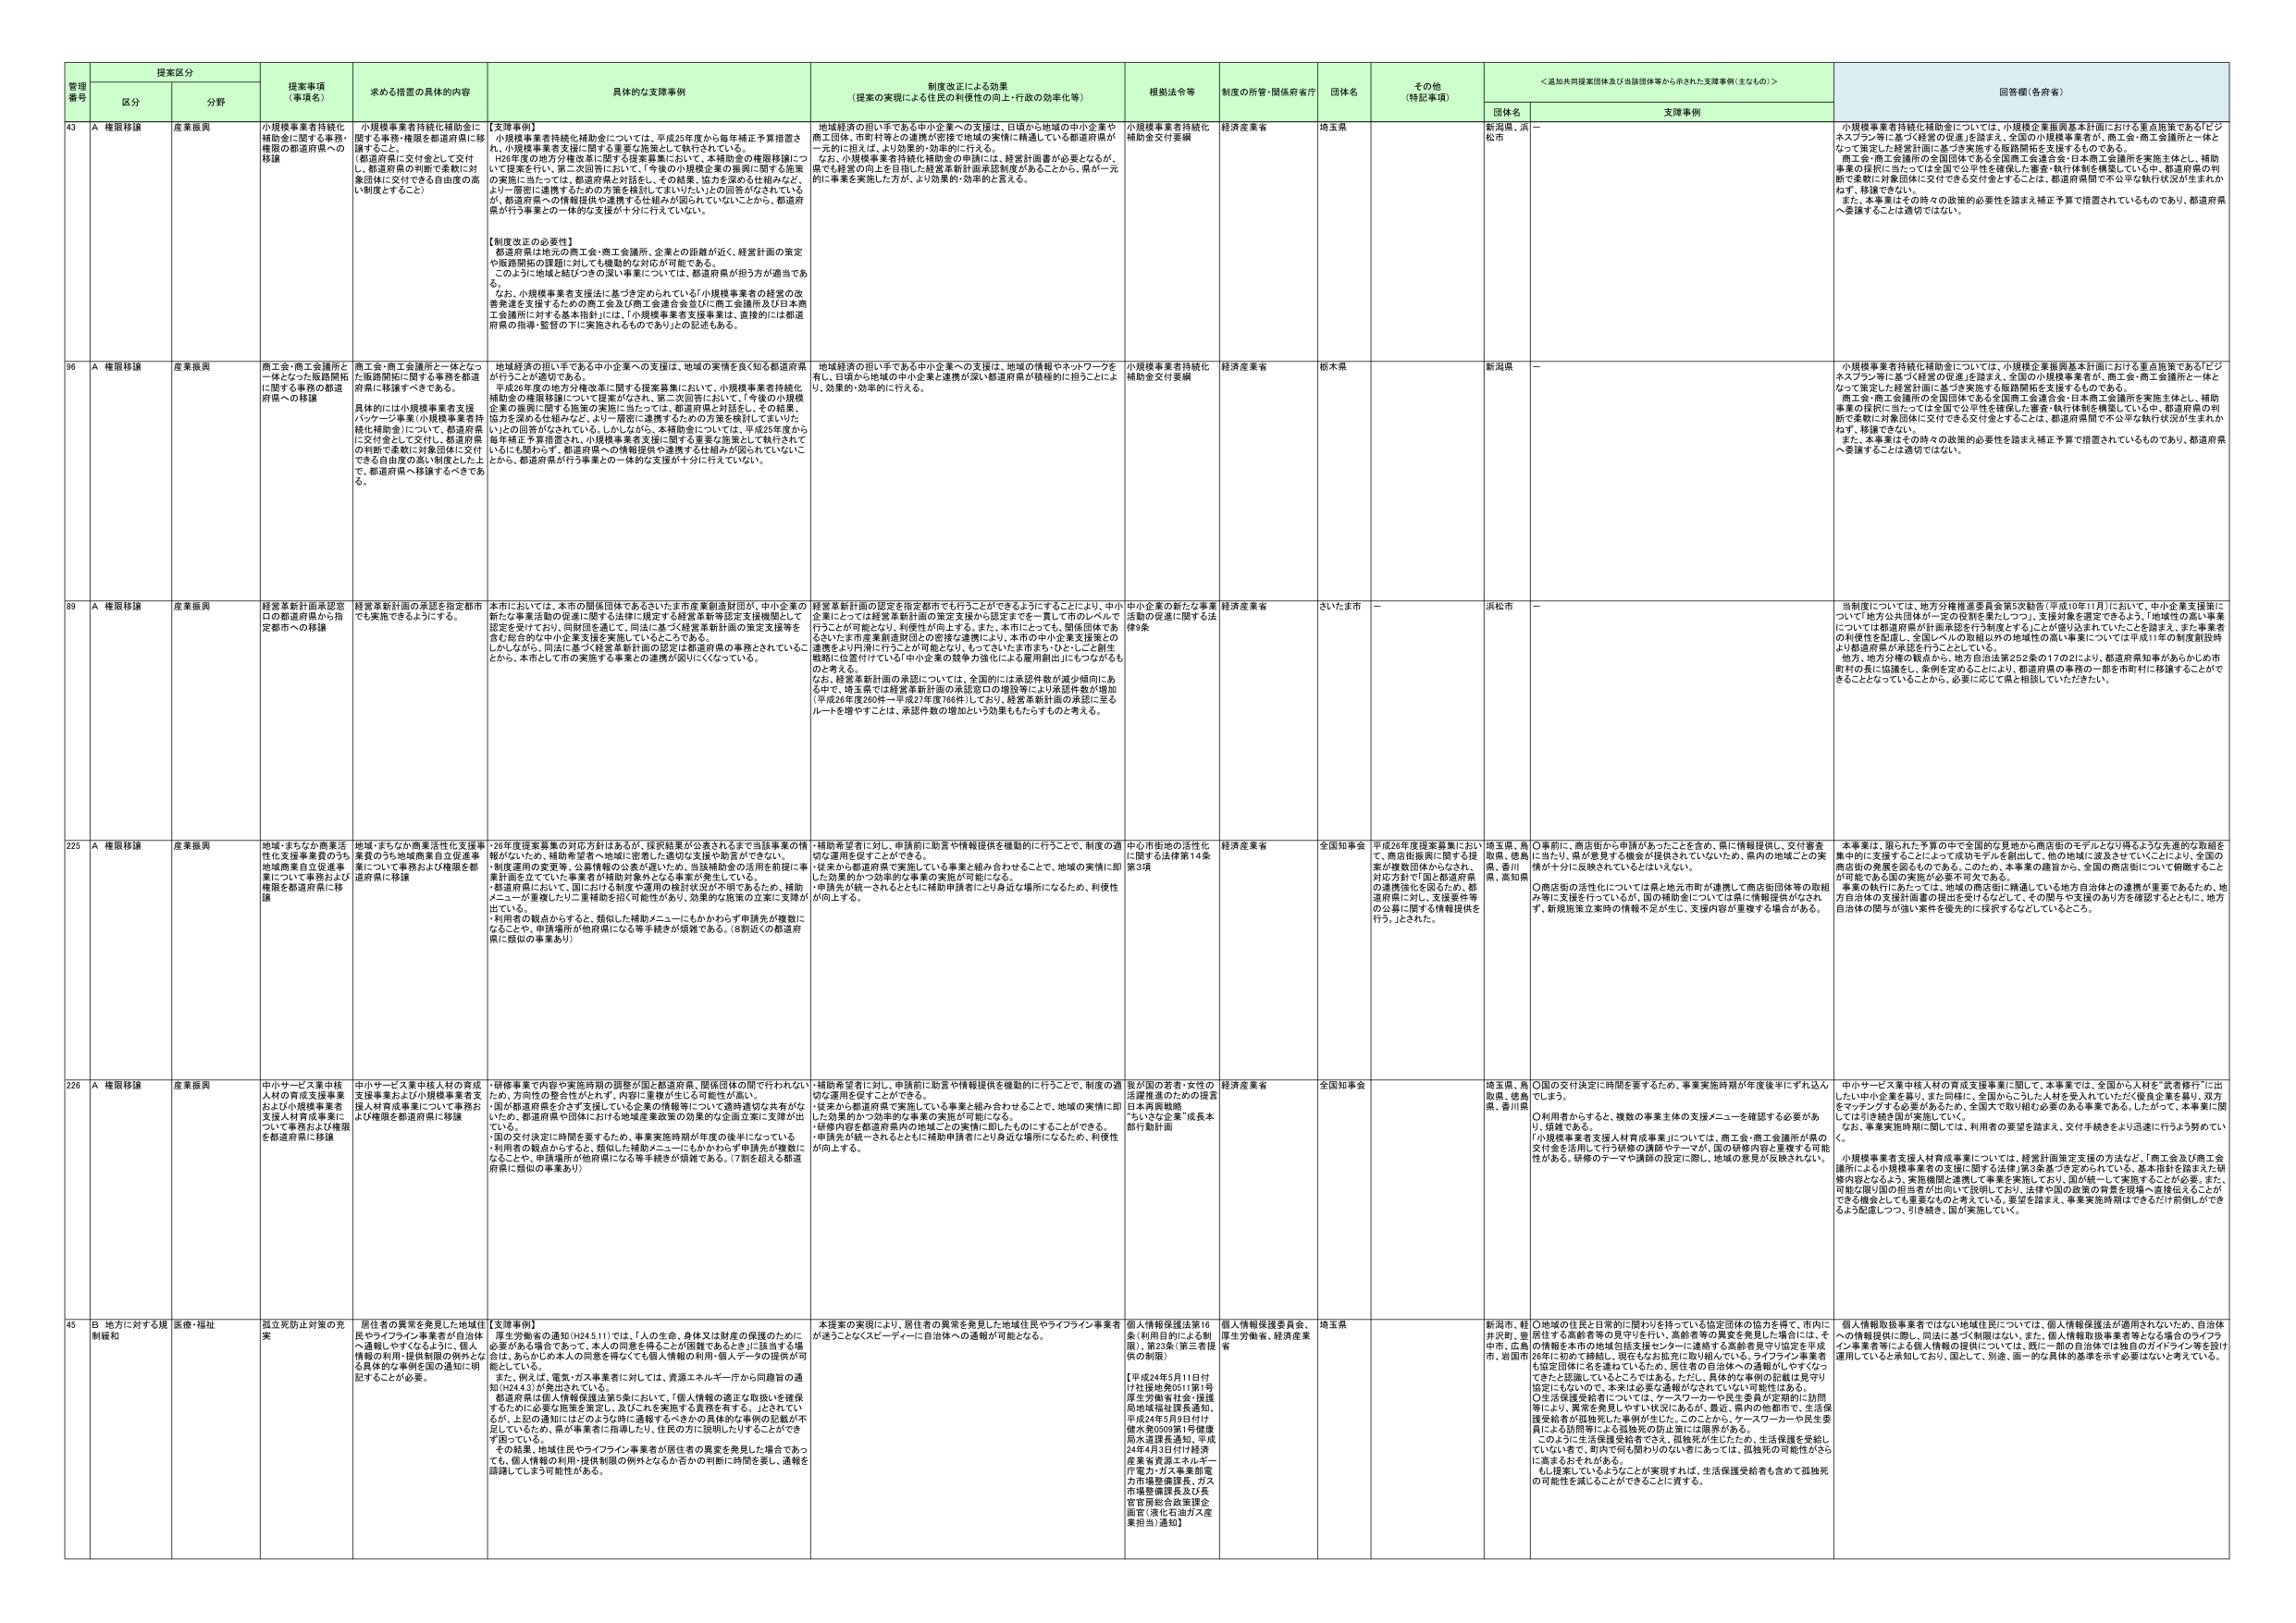
管理番号 提案区分 提案事項（事項名） 求める措置の具体的内容 具体的な支援事例 制度改正による効果（提案の実現による住民の利便性の向上・行政の効率化等） 根拠法令等 制度の所管・関係府省庁 団体名 その他（特記事項） ＜追加共同提案団体及び当該団体等から示された支援事例（主なもの）＞ 回答欄（各府省）
区分 分野 団体名 支援事例
43 A 権限移譲 産業振興 小規模事業者持続化補助金に関する事務・権限の都道府県への移譲 【支援事例】 小規模事業者持続化補助金については、平成25年度から毎年補正予算措置され、小規模事業者支援に関する重要な施策として執行されている。 （都道府県の判断で柔軟に対応する） ①提案を行い、第二次回答において、「今後の小規模企業の振興に関する施策の実施に当たっては、都道府県と対話し、その結果、国と企業が一体となって実施する方針を検討してまいりたい」との回答がなされているが、都道府県への情報提供や連携する仕組みが図られていないことから、都道府県が行う事業との一体的な支援が十分に行えていない。 【制度改正の必要性】 都道府県は地元の商工会・商工会議所、企業との距離が近く、経営計画の策定や販路開拓の支援に対しては機動的な対応が可能である。 このように地域と結びつきの深い事業については、都道府県が担う方が適当である。 なお、小規模事業者支援法に基づき定められている「小規模事業者等の経営の改善発達を支援するための商工会及び商工会連合会並びに商工会議所及び日本商工会議所に対する基本指針」には、「小規模事業者支援事業は、直接的には都道府県の指導・監督の下に実施されるものであり」との記述もある。 地域経済の担い手である中小企業への支援は、日頃から地域の中小企業や商工団体、市町村等との連携が密接で地域の実情に精通している都道府県が一元的に担えば、より効果的・効率的に行える。 なお、小規模事業者支援法の補助金の申請には、経営計画書が必要となるが、県でも経営の向上を目指した経営革新計画承認制度があることから、県が一元的に事業を実施した方が、より効果的・効率的と言える。 小規模事業者持続化補助金交付要綱 経済産業省 埼玉県 新潟県、浜松市 － 小規模事業者持続化補助金については、小規模企業振興基本計画における重点施策である「ビジネスプラン等に基づく経営の促進」を踏まえ、全国の小規模事業者や、商工会・商工会議所と一体となって策定した経営計画に基づき実施する販路開拓を支援するものである。 商工会・商工会議所の全国団体である全国商工連合会・日本商工会議所を実施主体とし、補助事業の採択に当たっては全国で公平性を確保した審査・執行体制を構築している中、都道府県の判断で柔軟に対象団体に交付できる交付金とするには、都道府県間で不公平な執行状況が生まれかねず、移譲できない。 また、本事業はその時々の政策的必要性を踏まえ補正予算で措置されているものであり、都道府県へ委譲することは適切ではない。
96 A 権限移譲 産業振興 商工会・商工会議所と一体となった販路開拓に関する事務の都道府県への移譲 商工会・商工会議所と一体となった販路開拓に関する事務を都道府県に移譲すべきである。 具体的には小規模事業者支援パッケージ事業（小規模事業者持続化補助金）について、都道府県に交付金として交付し、都道府県の判断で柔軟に対象団体に交付できる自由度の高い制度とし、都道府県へ移譲するべきである。 地域経済の担い手である中小企業への支援は、地域の実情を良く知る都道府県が行うことが適切である。 平成26年度の地方分権改革に因する提案募集において、小規模事業者持続化補助金の権限移譲については提案がなされ、第二次回答において、「今後の小規模企業の振興に関する施策の実施に当たっては、都道府県と対話し、その結果、国と企業が一体となって実施する方針を検討してまいりたい」との回答がなされている。しかしながら、本補助金については、平成25年度から毎年補正予算措置され、小規模事業者支援に関する重要な施策として執行されて いるにも関わらず、都道府県への情報提供や連携する仕組みが図られていないことから、都道府県が行う事業との一体的な支援が十分に行えていない。 地域経済の担い手である中小企業への支援は、地域の情報やネットワークを有し、日頃から地域の中小企業と連携が深い都道府県が積極的に担うことにより、効果的・効率的に行える。 小規模事業者持続化補助金交付要綱 経済産業省 栃木県 新潟県 － 小規模事業者持続化補助金については、小規模企業振興基本計画における重点施策である「ビジネスプラン等に基づく経営の促進」を踏まえ、全国の小規模事業者や、商工会・商工会議所と一体となって策定した経営計画に基づき実施する販路開拓を支援するものである。 商工会・商工会議所の全国団体である全国商工連合会・日本商工会議所を実施主体とし、補助事業の採択に当たっては全国で公平性を確保した審査・執行体制を構築している中、都道府県の判断で柔軟に対象団体に交付できる交付金とするには、都道府県間で不公平な執行状況が生まれかねず、移譲できない。 また、本事業はその時々の政策的必要性を踏まえ補正予算で措置されているものであり、都道府県へ委譲することは適切ではない。
89 A 権限移譲 産業振興 経営革新計画承認窓口の都道府県から指定都市への移譲 経営革新計画の承認を指定都市にでも実施できるようにする。 本市においては、本市の関係団体であるさいたま市産業創造財団が、中小企業の新たな事業活動の促進に関する法律に基づく経営革新計画の策定支援から認定までを一貫して市のレベルで行うことが可能となり、利便性が向上する。また、本市にとっても、関係団体であるさいたま市産業創造財団との密接な連携により、本市の中小企業支援策との連携をより円滑に行うことが可能となり、もってさいたま市を、ひととこ創生戦略に位置付けている「中小企業の競争力強化による雇用創出」にむながるも のと考える。 なお、経営革新計画の承認については、全国的には承認件数が減少傾向にある中で、埼玉県では経営革新計画の承認窓口の増設等により承認件数が増加（平成26年度260件→平成27年度766件）しており、経営革新計画の承認に至るルートを増やすことは、承認件数の増加という効果ももたらすものと考える。 経営革新計画の認定を指定都市でも行うことができるようにすることにより、中小企業の新たな事業活動の促進に関する法律第9条 経済産業省 さいたま市 － 浜松市 － 当制度については、地方分権推進委員会第2次勧告（平成10年11月）における「中小企業支援策について地方公共団体が一括での役割を果たしつつ、支援対象を選定できるよう、地域性の高い事業については都道府県が計画承認を行う制度とする」ことが盛り込まれていたことを踏まえ、また事業者の利便性を配慮し、全国レベルの取組以外の地域性の高い事業については平成11年の制度創設時より都道府県が実施を行なうこととしている。 地方、地方分権の観点から、地方自治法第252条の17の2により、都道府県知事があらかじめ市町村の長に協議をし、条例を定めるごとに、都道府県の事務の一部を市町村に移譲することができることとなっていることから、必要に応じて県と相談していただきたい。
225 A 権限移譲 産業振興 地域・まちなか商業活性化支援事業等のうち地域商業自己促進事業について事務および権限を都道府県に移譲 地域・まちなか商業活性化支援事業等のうち地域商業自己促進事業について事務および権限を都道府県に移譲 ・26年度提案募集の対応方針はあるが、採択結果が公表されるまで当該事業の情報がないため、補助希望者・地域に適切な支援や助言ができない。 ・制度運用の実質等、公表情報の公表が遅いため、当該補助金の活用を前提に事業計画を立てている事業者が補助対象外となる事案が発生している。 ・都道府県において、国における制度や運用の検討状況が不明であるため、補助メニューが重複したり・重複等を防ぐ可能性があり、効果的な施策の立案に支障が出ている。 ・利用者の観点からすると、類似した補助メニューにわかりやすく申請先が複数になることや、申請場所が他府県になる等手続きが煩雑である。（8都道くの都道府県に類似の事業あり） 「補助希望者に対し、申請前に助言や情報提供を機動的に行うことで、制度の適切な運用を促すことができる。 ・従来から都道府県で実施している事業と組み合わせることで、地域の実情に即した効果的かつ効率的な事業の実施が可能になる。 ・申請内容を都道府県内の地域との実情に即したものにし、利便性が向上する。 中心市街地の活性化に関する法律第14条第3項 経済産業省 全国知事会 平成26年度提案募集におい て、商店街振興に関する提案が複数団体からなされ、 対応方針で「国と都道府県 の連携強化を図るため、都 道府県に対し、支援要件等 の公表に関する情報提供を 行う。」とされた。 埼玉県、鳥取県、徳島県、香川県、高知県 ○事前に、商店街から申請があったことを含め、県に情報提供し、交付審査に当たり、県が意見する機会が提供されていないため、県内の地域ごとの実情が十分に反映されていないとは言えない。 ○商店街の活性化については県と地方市町が連携して商店街団体等の取組を円滑に支援する必要がある。そのため、本事業の趣旨から、全国の商店街について俯瞰することが可能である国の実施が必要不可欠である。 本事業の執行に当たっては、地域の商店街に精通している地方自治体との連携が重要であるため、地方自治体の関与が強い案件を優先的に採択するなどしているところ。 本事業は、限られた予算の中で全国的な見地から商店街のモデルとなり得るような先進的な取組を集中的に支援することによって成功モデルを創出し、他の地域に波及させていくことにより、全国の商店街の発展を図るものである。このため、本事業の趣旨から、全国の商店街について俯瞰することが可能である国の実施が必要不可欠である。
226 A 権限移譲 産業振興 中小サービス業中核人材の育成支援事業および小規模事業者支援人材育成事業について事務および権限を都道府県に移譲 中小サービス業中核人材の育成支援事業および小規模事業者支援人材育成事業について事務および権限を都道府県に移譲 ・研修事業の内容や実施時期の調整が国と都道府県、関係団体の間で行われないため、方向性の整合性がとれず、内容に重複が生じる可能性が高い。 ・国が都道府県を介さず支援している企業の情報等について適時適切な共有がないため、都道府県や団体における地域産業政策の効果的な企画立案に支障が出ている。 ・国の交付決定に時間を要するため、事業実施時期が年度の後半になってしまい、利用者の観点からすると、類似した補助メニューにわかりやすく申請先が複数になることや、申請場所が他府県になる等手続きが煩雑である。（7都を超える都道府県に類似の事業あり） 「補助希望者に対し、申請前に助言や情報提供を機動的に行うことで、制度の適切な運用を促すことができる。 ・従来から都道府県で実施している事業と組み合わせることで、地域の実情に即した効果的かつ効率的な事業の実施が可能になる。 ・研修内容を都道府県内の地域との実情に即したものにし、利便性が向上する。 我が国の若者・女性の活躍推進のための提言 日本再興戦略 「いなば企業」成長本部行動計画 経済産業省 全国知事会 埼玉県、鳥取県、徳島県、香川県 ○国の交付決定に時間を要するため、事業実施時期が年度後半にずれ込んでしまう。 ○利用者からすると、複数の事業主体の支援メニューを確認する必要があり、煩雑である。 「小規模事業者支援人材育成事業」については、商工会・商工会議所が県の交付金を活用して行う複数の講座や一括が、国の経費の貸与・管理する可能性がある。研修のテーマや講師の設定に際し、地域の意見が反映されない。 中小サービス業中核人材の育成支援事業に関して、本事業では、全国から人材を「武者修行」に出したい中小企業を募り、また同様に、全国からこうした人材を受入れていたい優良企業を募り、双方をマッチングする必要があるため、全国で取り組む必要のある事業である。したがって、本事業に関しては引き続き国が実施していく。 なお、事業実施時期に関しては、利用者の要望を踏まえ、交付手続きをより迅速に行うよう努めていく。 小規模事業者支援人材育成事業については、経営計画策定支援の方法など、「商工会及び商工会議所による小規模事業者の支援に関する法律」第3条第7号を定められている。基本指針を踏まえた研修内容となるよう、実施機関と連携して事業を実施しており、国が統一して実施することが必要。また、可能な限り国の担当者が出向いて説明しており、法律や国の政策の背景を現場へ直接伝えることができる機会としても重要なものを考えている。要望を踏まえ、事業実施時期はできるだけ前倒しができるよう配慮しつつ、引き続き、国が実施していく。
45 B 地方に対する規制緩和 医療・福祉 独立死防止対策の充実 居住者の異常を発見した地域住民やライフライン事業者が自治体へ通報しやすくなるように、個人情報の利用・提供制限の例外となる具体的な事例を国の通知に明記することが必要。 【支援事例】 厚生労働省の通知（H24.5.11）には、「人の生命、身体又は財産の保護のために必要がある場合であって、本人の同意を得ることが困難であるときに」該当する場合とは、あらかじめ本人の同意を得なくても個人情報の利用・個人データの提供が可能としている。 また、例えば、電気・ガス事業者に対しては、資産エネルギー庁から同趣旨の通知（H24.4.3）が発出されている。 都道府県は個人情報保護法第5条において、「個人情報の適正な取扱いを確保するために必要な施策を策定し、及びこれを実施する責務を有する。」とされているが、上記の通知にはどのような時に通報するべきかの具体的な事例の記載が不足しているため、県が事業者に指導したり、住民の方に説明したりすることができず困っている。 その結果、地域住民やライフライン事業者が居住者の異常を発見した場合であっても、個人情報の利用・提供制限の例外となるか否かの判断に時間を要し、通報を躊躇してしまう可能性がある。 本提案の実現により、居住者の異常を発見した地域住民やライフライン事業者が送ることなくスピーディーに自治体への通報が可能になる。 個人情報保護法第16条（利用目的による制限）第23条（第三者提供の制限） 【平成24年5月11日付け社接地発0511第1号厚生労働省社会・援護局地域福祉課長通知、平成24年5月9日付け健水発0509第1号健康局水道課長通知、平成24年4月3日付け経済産業省資源エネルギー庁電力・ガス事業部電力市場整備課長、ガス市場整備課長及び長官官房総合政策課企画官（液化石油ガス産業担当）通知】 個人情報保護委員会、厚生労働省、経済産業省 埼玉県 新潟県、軽井沢町、豊中市、広島市、岩国市 ○地域の住民と日常的に関わりを持っている協定団体の協力を得て、市内に居住する高齢者等の見守りを行い、高齢者等の異変を発見した場合には、その情報を本市の地域包括支援センターに連絡する高齢者見守り協定を平成26年に締結。現在もおおむね取り組んでいる。ライフライン事業者も協定団体に名を連ねているため、居住者の自治体への通報がしやすくなってきたと認識しているところではある。ただし、具体的な事例の記載は見守り協定にもないため、本市は必要な通報がされていない可能性はある。 ○生活保護受給者については、ケースワーカーや民生委員が定期的に訪問等により、異常を発見しやすい状況にあるが、最近、県内の他都市で、生活保護受給者が孤独死した事例が生じた。このことから、ケースワーカーや民生委員による訪問等による孤独死の防止策には限界がある。 このように生活保護受給者でさえ、孤独死が生じたため、生活保護を受給していなくても、町内で何も関わりのない者にあっては、孤独死の可能性がさらに高まるおそれがある。 もし提案しているようなことが実現すれば、生活保護受給者も含めて孤独死の可能性を減らすことができることに資する。 個人情報取扱事業者ではない地域住民については、個人情報保護法が適用されないため、自治体への情報提供に際し、同法に基づく制限はない。また、個人情報取扱事業者等となる場合のライフライン事業者等による個人情報の提供については、既に一部の自治体では独自のガイドライン等を設け適用していると承知しており、国として、別途、画一的な具体的基準を示す必要はないと考えている。